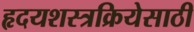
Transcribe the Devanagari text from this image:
हृदयशस्त्रक्रियेसाठी